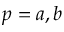
p = a , b